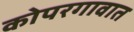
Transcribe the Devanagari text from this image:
कोपरगावात